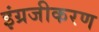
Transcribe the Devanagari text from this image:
इंग्रजीकरण